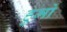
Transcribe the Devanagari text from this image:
हुमो